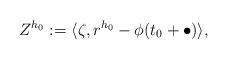
LaTeX: \begin{align*}Z^{h_0} := \langle \zeta,r^{h_0} - \phi(t_0 + \bullet) \rangle,\end{align*}